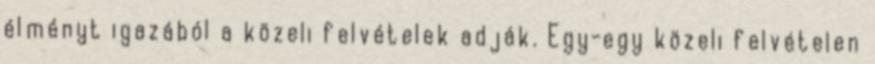
élményt igazából a közeli felvételek adják. Egy-egy közeli felvételen